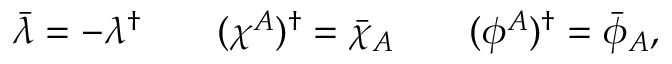
\bar { \lambda } = - \lambda ^ { \dagger } \qquad ( \chi ^ { A } ) ^ { \dagger } = \bar { \chi } _ { A } \qquad ( \phi ^ { A } ) ^ { \dagger } = \bar { \phi } _ { A } ,